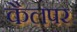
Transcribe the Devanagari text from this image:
कैलपर